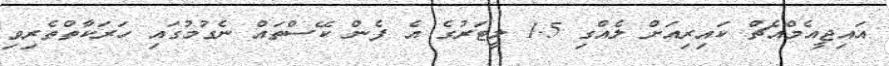
އައިޖީއެމްއެޗް ކައިރިއަށް ލެއްގި 1.5 ލީޓަރުގެ އެ ފެން ކޭސްތައް ނެގުމުގައި ހަރަކާތްތެރިވި